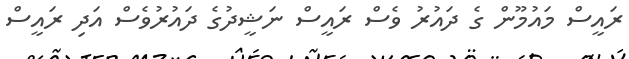
ރައީސް މައުމޫން ގެ ދައުރު ވެސް ރައީސް ނަޝީދުގެ ދައުރުވެސް އަދި ރައީސް